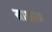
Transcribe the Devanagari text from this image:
साकारू